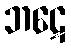
ဘဋေ